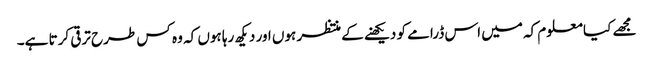
مجھے کیا معلوم کہ میں اس ڈرامے کو دیکھنے کے منتظر ہوں اور دیکھ رہا ہوں کہ وہ کس طرح ترقی کرتا ہے۔